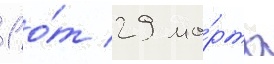
1 о́т 29 ма́рта